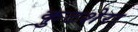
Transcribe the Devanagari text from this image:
कुटशेरा